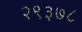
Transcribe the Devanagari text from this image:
२९३७८